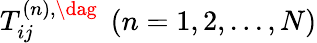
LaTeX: {T_{ij}^{\left(n\right),\dag}}\; \left({n=1,2,...,N}\right)